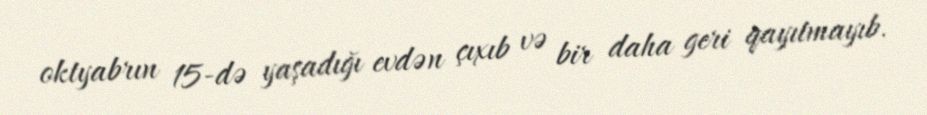
oktyabrın 15-də yaşadığı evdən çıxıb və bir daha geri qayıtmayıb.